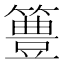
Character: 𥴡